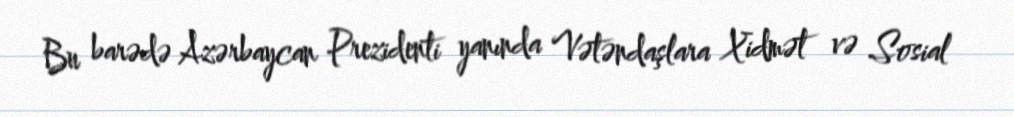
Bu barədə Azərbaycan Prezidenti yanında Vətəndaşlara Xidmət və Sosial